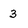
Character: 3